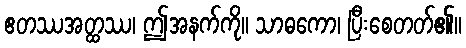
ဧတဿအတ္ထဿ၊ ဤအနက်ကို။ သာဓကော၊ ပြီးစေတတ်၏။